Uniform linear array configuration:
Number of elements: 64
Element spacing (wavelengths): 0.75
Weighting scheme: binomial
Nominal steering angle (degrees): -15
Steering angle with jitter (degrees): -14.309
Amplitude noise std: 0.05
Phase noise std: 0.05

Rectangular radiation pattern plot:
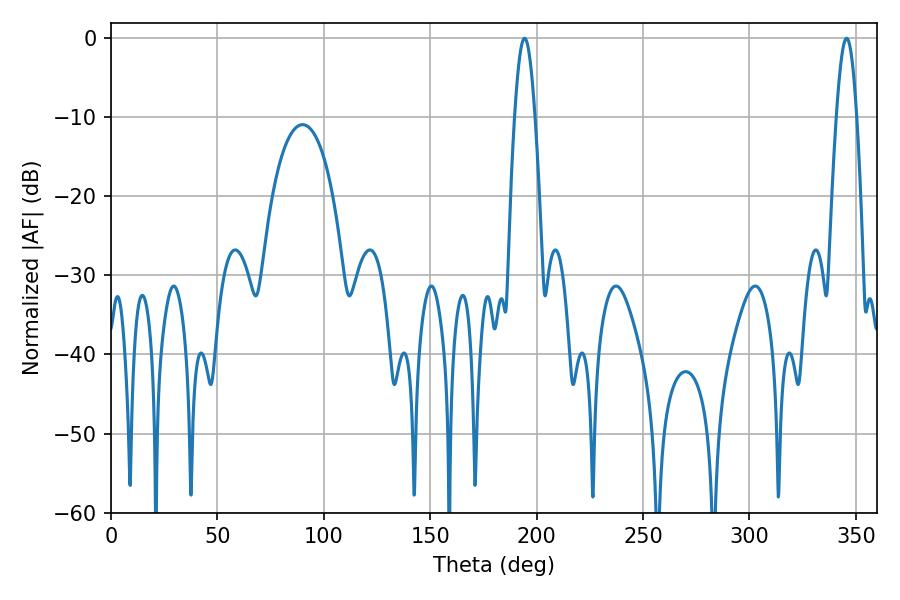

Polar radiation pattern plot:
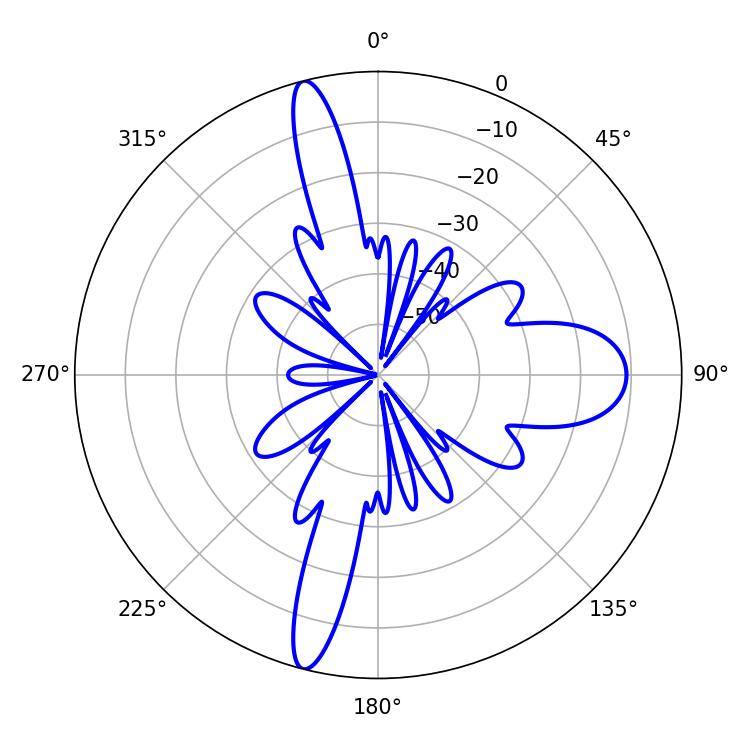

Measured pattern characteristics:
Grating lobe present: TRUE
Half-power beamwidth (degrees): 5.04
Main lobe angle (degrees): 194.4